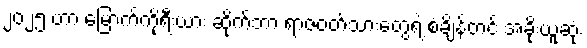
၂၀၂၅ ဟာ မြောက်ကိုရီးယား ဆိုက်ဘာ ရာဇဝတ်သားတွေရဲ့ စံချိန်တင် အခိုးယူဆုံး